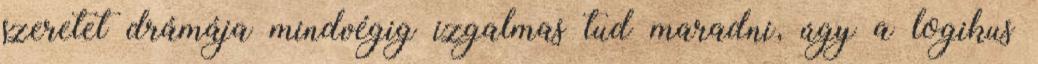
szeretet drámája mindvégig izgalmas tud maradni, úgy a logikus